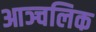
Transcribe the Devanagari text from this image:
आञ्चलिक